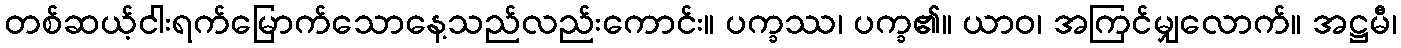
တစ်ဆယ့်ငါးရက်မြောက်သောနေ့သည်လည်းကောင်း။ ပက္ခဿ၊ ပက္ခ၏။ ယာဝ၊ အကြင်မျှလောက်။ အဋ္ဌမီ၊